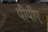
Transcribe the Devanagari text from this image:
पीपीए